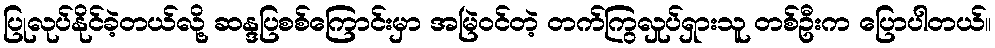
ပြုလုပ်နိုင်ခဲ့တယ်လို့ ဆန္ဒပြစစ်ကြောင်းမှာ အမြဲဝင်တဲ့ တက်ကြွလှုပ်ရှားသူ တစ်ဦးက ပြောပါတယ်။